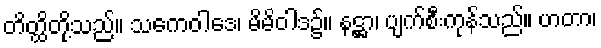
တိတ္ထိတို့သည်။ သကေဝါဒေ၊ မိမိဝါဒ၌။ နဋ္ဌာ၊ ပျက်စီးကုန်သည်။ ဟတာ၊